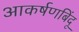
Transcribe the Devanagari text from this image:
आकर्षणबिंदू